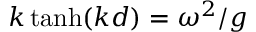
k \operatorname { t a n h } ( k d ) = \omega ^ { 2 } / g